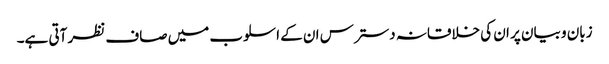
زبان و بیان پر ان کی خلاقانہ دسترس ان کے اسلوب میں صاف نظر آتی ہے۔